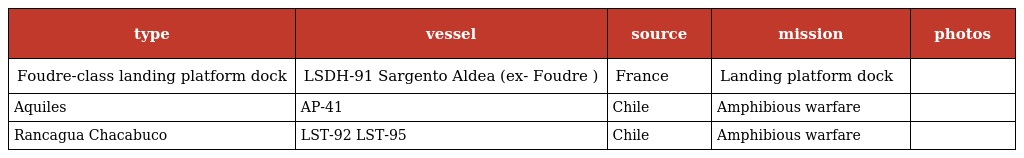
| type | vessel | source | mission | photos |
 | --- | --- | --- | --- | --- |
 | Foudre-class landing platform dock | LSDH-91 Sargento Aldea (ex- Foudre ) | France | Landing platform dock |  |
 | Aquiles | AP-41 | Chile | Amphibious warfare |  |
 | Rancagua Chacabuco | LST-92 LST-95 | Chile | Amphibious warfare |  |